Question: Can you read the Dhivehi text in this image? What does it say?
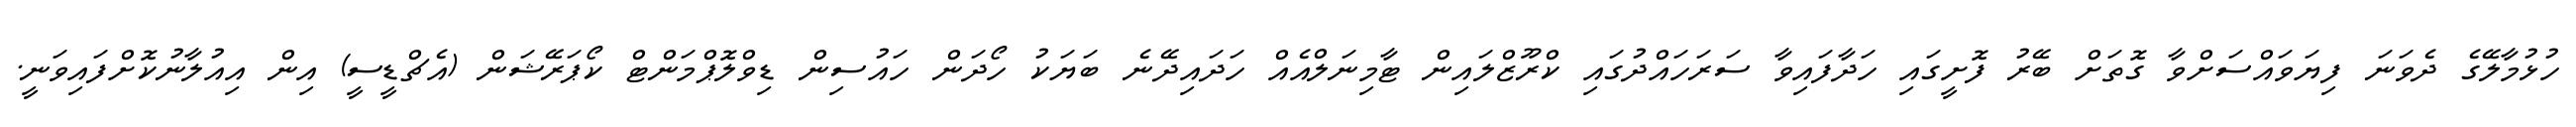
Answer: ހުޅުމާލޭގެ ދެވަނަ ފިޔަވައްސަށްވާ ގޮތަށް ބޭރު ފޮށީގައި ހަދާފައިވާ ސަރަހައްދުގައި ކްރޫޒްލައިން ޓާމިނަލްއެއް ހަދައިދޭނެ ބަޔަކު ހޯދަން ހައުސިން ޑިވްލޮޕްމަންޓް ކޯޕަރޭޝަން (އެޗްޑީސީ) އިން އިއުލާނުކޮށްފައިވަނީ.